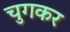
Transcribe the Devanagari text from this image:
चुगकर